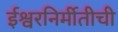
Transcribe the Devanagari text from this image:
ईश्वरनिर्मीतीची